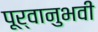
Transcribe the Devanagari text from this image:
पूर्वानुभवी